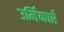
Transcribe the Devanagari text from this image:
उर्मिकाएँ